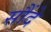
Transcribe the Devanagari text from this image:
सौंदे